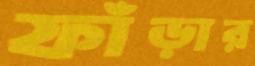
ফাঁড়ার